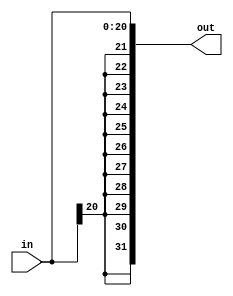
// Modules to sign extend 21bit offset and 16bit immediate values

module sign_extend_21bit(
    input wire [20:0] in,
    output wire [31:0] out 
);
  assign out = {{11{in[20]}}, in};
endmodule

module sign_extend_16bit(
    input wire [15:0] in,
    output wire [31:0] out
);
    assign out = {{16{in[15]}},in};
endmodule